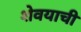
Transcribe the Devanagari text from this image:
शेवयाची